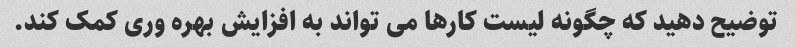
توضیح دهید که چگونه لیست کارها می تواند به افزایش بهره وری کمک کند.